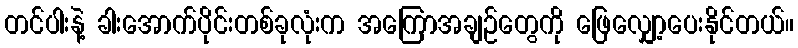
တင်ပါးနဲ့ ခါးအောက်ပိုင်းတစ်ခုလုံးက အကြောအချဉ်တွေကို ဖြေလျှော့ပေးနိုင်တယ်။